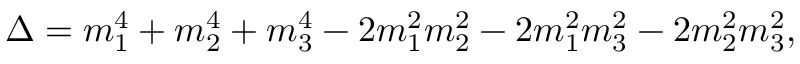
\Delta = m _ { 1 } ^ { 4 } + m _ { 2 } ^ { 4 } + m _ { 3 } ^ { 4 } - 2 m _ { 1 } ^ { 2 } m _ { 2 } ^ { 2 } - 2 m _ { 1 } ^ { 2 } m _ { 3 } ^ { 2 } - 2 m _ { 2 } ^ { 2 } m _ { 3 } ^ { 2 } ,